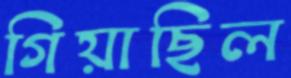
গিয়াছিল